Report on lock hospitals in British Burma
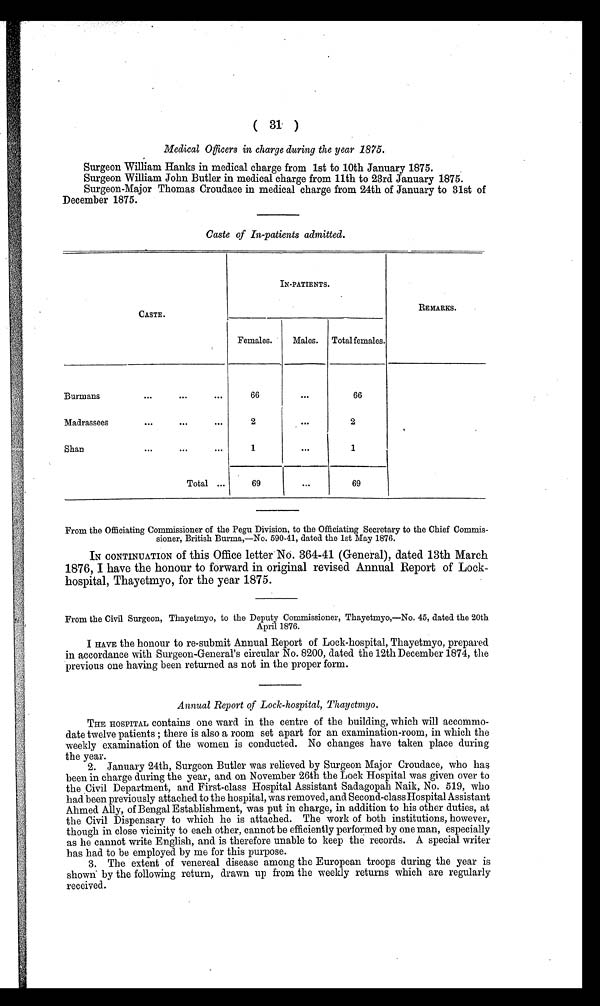
( 31 )
Medical Officers in charge during the year 1875.
Surgeon William Hanks in medical charge from 1st to 10th January 1875.
Surgeon William John Butler in medical charge from 11th to 23rd January 1875.
Surgeon-Major Thomas Croudace in medical charge from 24th of January to 31st of
December 1875.
Caste of In-patients admitted.
CASTE.
IN-PATIENTS.
REMARKS.
Females.
Males.
Totalfemales.
Burmans
. . .
...
...
66
. . .
66
Madrassees
. . .
...
...
2
. . .
2
Shan
. . .
...
...
1
. . .
1
Total ...
69
. . .
69
From the Officiating Commissioner of the Pegu Division, to the Officiating Secretary to the Chief Commis-
sioner, British Burma,—No. 590-41, dated the 1st May 1876.
IN CONTINUATION of this Office letter NO. 364-41 (General), dated 13th March
1876, I have the honour to forward in original revised Annual Report of Lock-
hospital, Thayetmyo, for the year 1875.
From the Civil Surgeon, Thayetmyo, to the Deputy Commissioner, Thayetmyo,—No. 45, dated the 20th
April 1876.
I HAVE the honour to re-submit Annual Report of Lock-hospital, Thayetmyo, prepared
in accordance with Surgeon-General's circular No. 8200, dated the 12th December 1874, the
previous one having been returned as not in the proper form.
Annual Report of Lock-hospital, Thayetmyo.
THE HOSPITAL contains one ward in the centre of the building, which will accommo-
date twelve patients ; there is also a room set apart for an examination-room, in which the
weekly examination of the women is conducted. No changes have taken place during
the year.
2. January 24th, Surgeon Butler was relieved by Surgeon Major Croudace, who has
been in charge during the year, and on November 26th the Lock Hospital was given over to
the Civil Department, and First-class Hospital Assistant Sadagopah Naik, No. 519, who
had been previously attached to the hospital, was removed, and Second-class Hospital Assistant
Ahmed Ally, of Bengal Establishment, was put in charge, in addition to his other duties, at
the Civil Dispensary to which he is attached. The work of both institutions, however,
though in close vicinity to each other, cannot be efficiently performed by one man, especially
as he cannot write English, and is therefore unable to keep the records. A special writer
has had to be employed by me for this purpose.
3. The extent of venereal disease among the European troops during the year is
shown by the following return, drawn up from the weekly returns which are regularly
received.